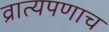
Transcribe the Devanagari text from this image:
व्रात्यपणाच